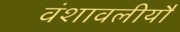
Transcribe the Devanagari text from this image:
वंशावलीयौं